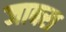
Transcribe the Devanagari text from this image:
जाबरा